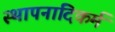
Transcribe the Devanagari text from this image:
स्थापनादिकर्म